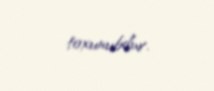
toxunubdur.